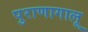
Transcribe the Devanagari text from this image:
पुराणागालू